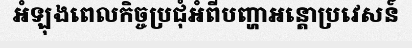
អំឡុងពេលកិច្ចប្រជុំអំពីបញ្ហាអន្តោប្រវេសន៍